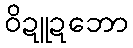
ဝိဍူဍဘော